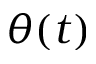
\theta ( t )